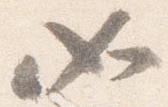
如